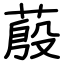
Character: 蒑